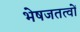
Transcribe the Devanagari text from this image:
भेषजतत्वों